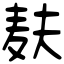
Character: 麸